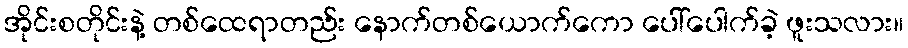
အိုင်းစတိုင်းနဲ့ တစ်ထေရာတည်း နောက်တစ်ယောက်ကော ပေါ်ပေါက်ခဲ့ ဖူးသလား။